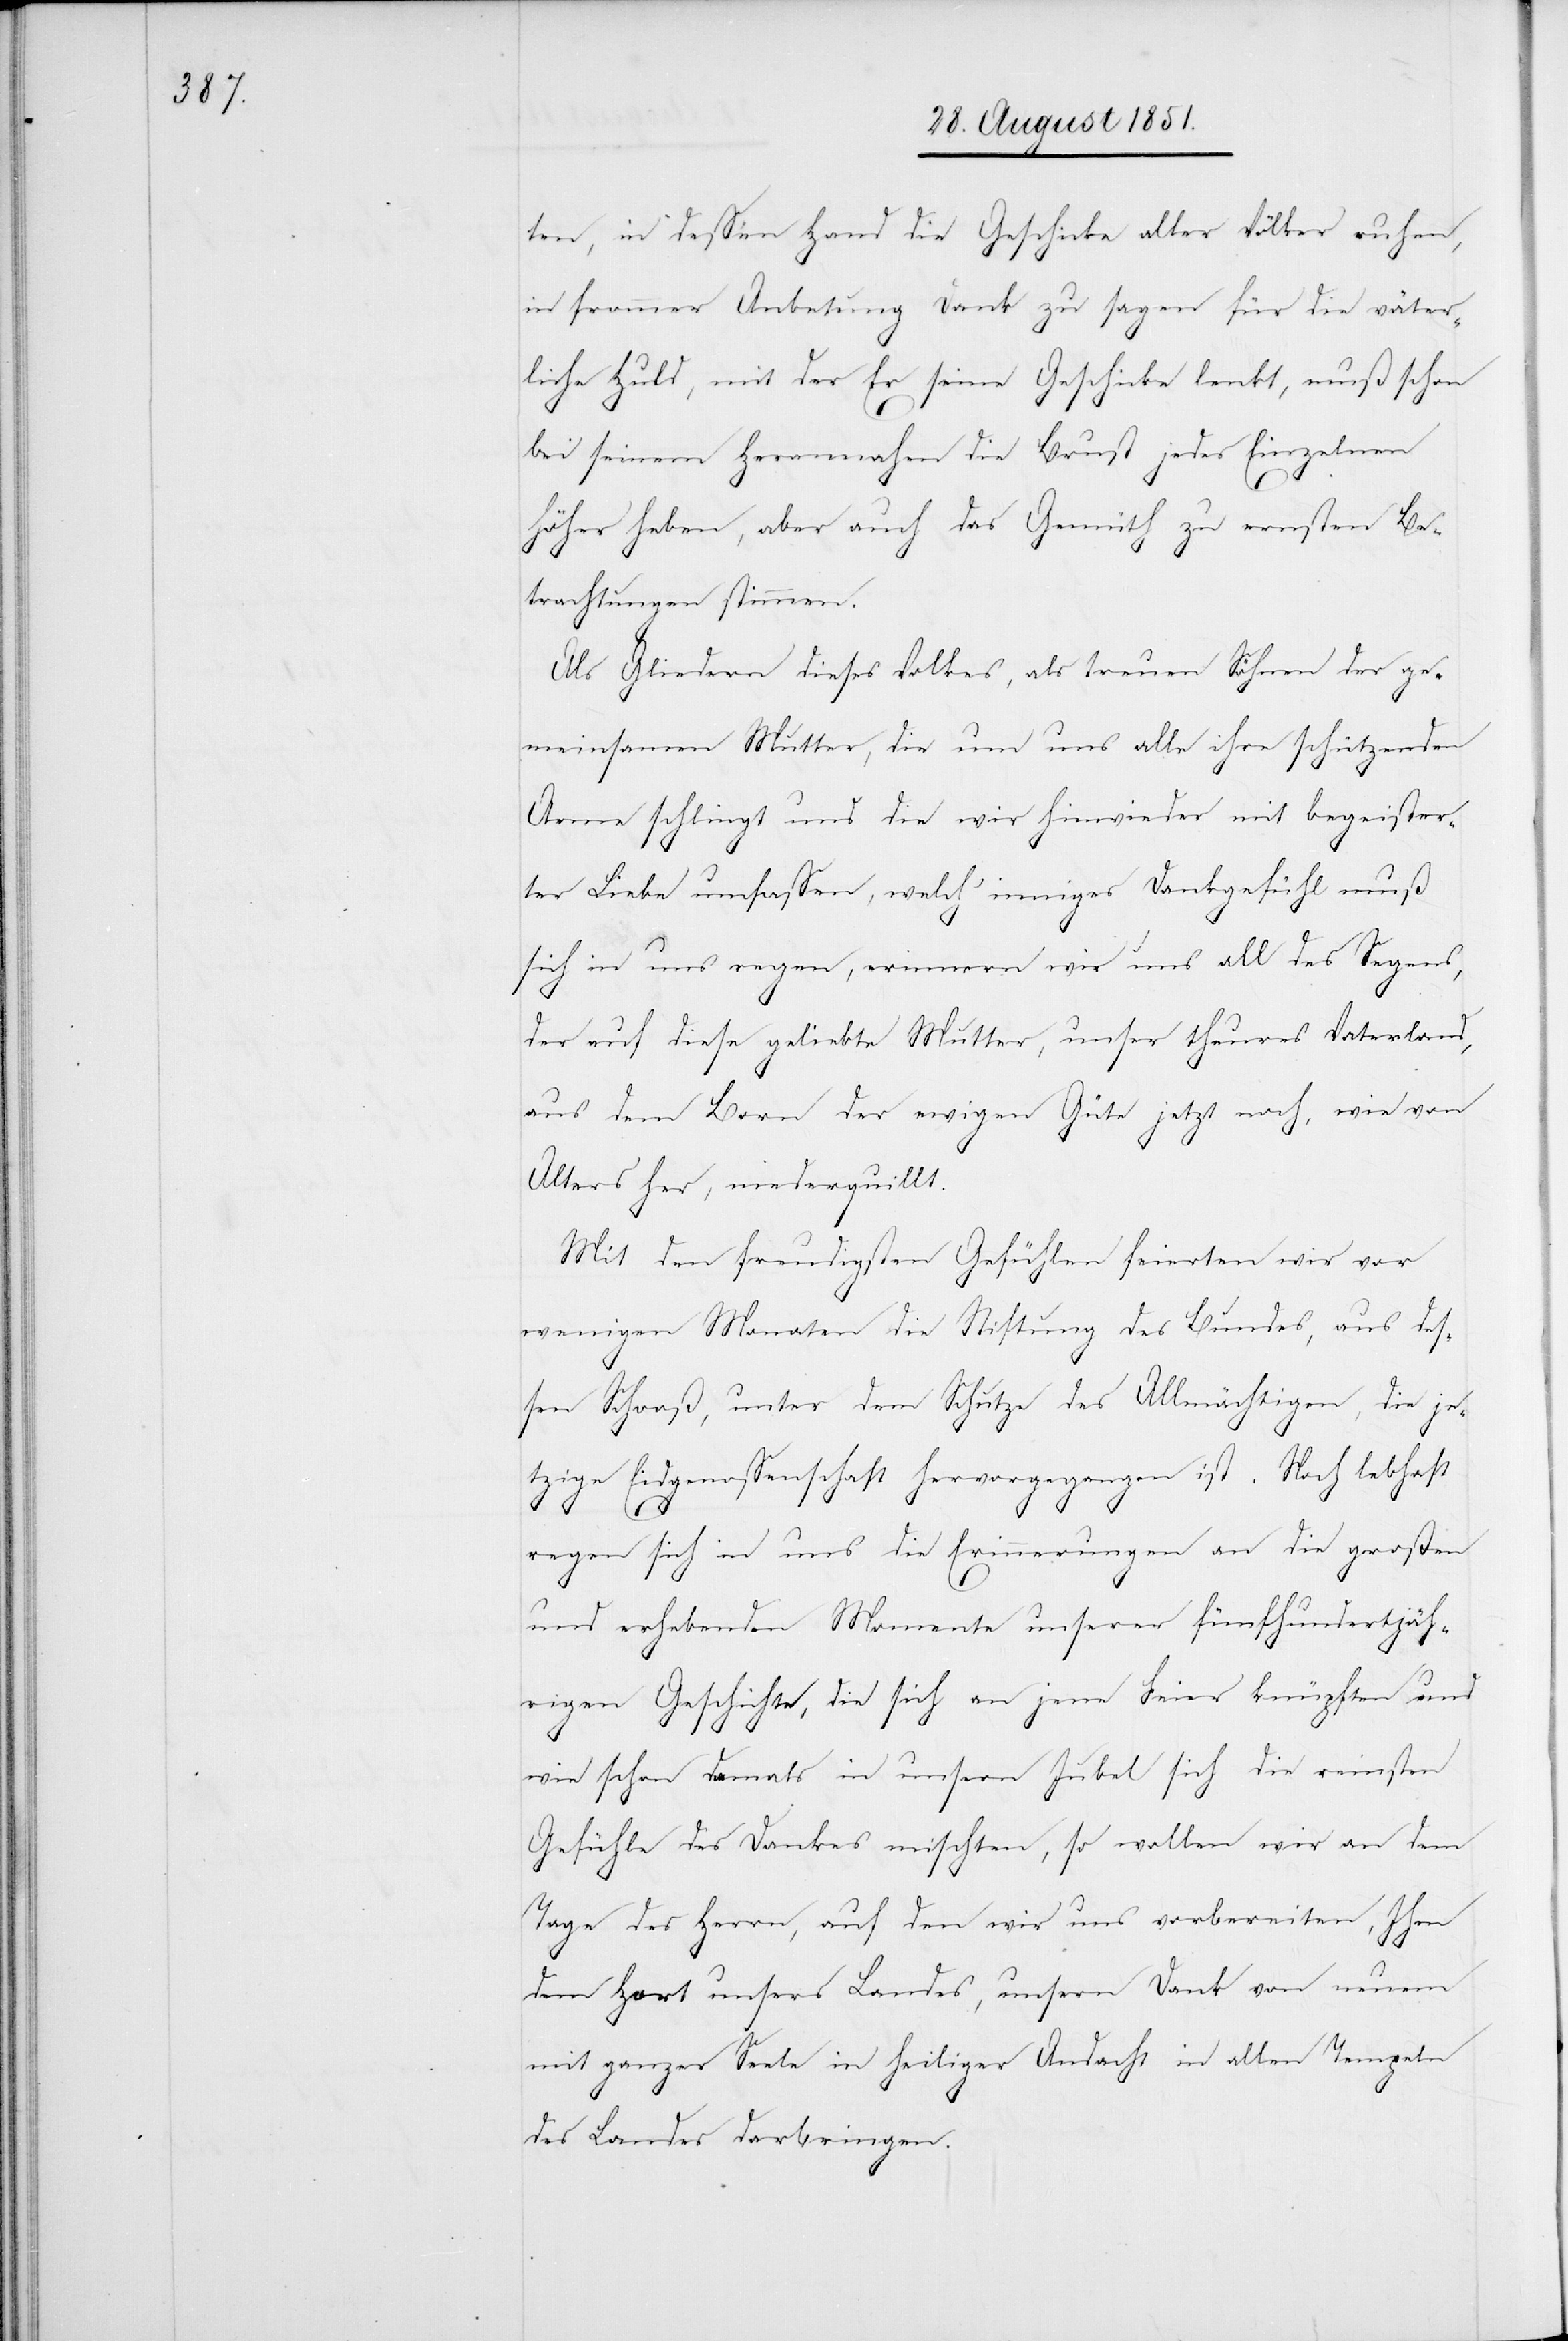
ten, in dessen Hand die Geschicke aller Völker ruhen,
in frommer Anbetung Dank zu sagen für die väter¬
liche Huld, mit der Er seine Geschicke lenkt, muß schon
bei seinem Herannahen die Brust jedes Einzelnen
höher heben, aber auch das Gemüth zu ernsten Be¬
trachtungen stimmen.
Als Gliedern dieses Volkes, als treuen Söhnen der ge¬
meinsamen Mutter, die um uns alle ihre schützenden
Arme schlingt und die wir hinwieder mit begeister¬
ter Liebe umfassen, welch‘ inniges Dankgefühl muß
sich in uns regen, erinnern wir uns all des Segens,
der auf diese geliebte Mutter, unser theures Vaterland,
aus dem Born der ewigen Güte jetzt noch, wie von
Alters her, niederquillt.
Mit den freudigsten Gefühlen feierten wir vor
wenigen Monaten die Stiftung des Bundes, aus des¬
sen Schooß, unter dem Schutze des Allmächtigen, die je¬
tzige Eidgenossenschaft hervorgegangen ist. Noch lebhaft
regen sich in uns die Erinnerungen an die großen
und erhebenden Momente unserer fünfhundertjäh¬
rigen Geschichte, die sich an jene Feier knüpften und
wie schon damals in unsern Jubel sich die reinsten
Gefühle des Dankes mischten, so wollen wir an dem
Tage des Herrn, auf den wir uns vorbereiten, Ihm
dem Hort unsers Landes, unsern Dank von neuem
mit ganzer Seele in heiliger Andacht in allen Tempeln
des Landes darbringen.